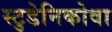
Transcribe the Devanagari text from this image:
स्टुडेनिकोवा